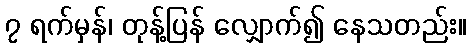
၇ ရက်မှန်၊ တုန့်ပြန် လျှောက်၍ နေသတည်း။